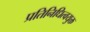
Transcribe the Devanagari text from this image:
प्रतिनिधित्वयुक्त